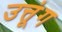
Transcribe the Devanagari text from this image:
उत्तूंग